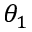
\theta _ { 1 }